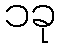
၁ခု